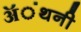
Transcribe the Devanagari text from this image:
ॲंथनी